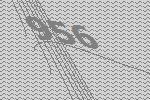
956